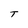
Character: T